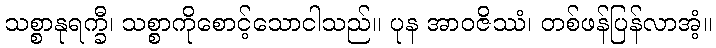
သစ္စာနုရက္ခီ၊ သစ္စာကိုစောင့်သောငါသည်။ ပုန အာဝဇိဿံ၊ တစ်ဖန်ပြန်လာအံ့။